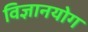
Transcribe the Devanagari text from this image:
विज्ञानयोग